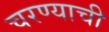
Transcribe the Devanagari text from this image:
चरण्याची